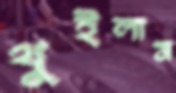
থুইলাম